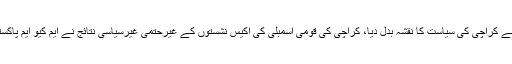
تفصیلات کے مطابق انتخابات 2018 نے کراچی کی سیاست کا نقشہ بدل دیا، کراچی کی قومی اسمبلی کی اکیس نشستوں کے غیرحتمی غیرسیاسی نتائج نے ایم کیو ایم پاکستان اور پیپلزپارٹی کی بنیادوں کو ہلادیا۔